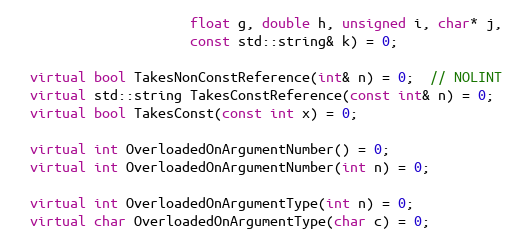
Language: C++
                      float g, double h, unsigned i, char* j,
                      const std::string& k) = 0;

  virtual bool TakesNonConstReference(int& n) = 0;  // NOLINT
  virtual std::string TakesConstReference(const int& n) = 0;
  virtual bool TakesConst(const int x) = 0;

  virtual int OverloadedOnArgumentNumber() = 0;
  virtual int OverloadedOnArgumentNumber(int n) = 0;

  virtual int OverloadedOnArgumentType(int n) = 0;
  virtual char OverloadedOnArgumentType(char c) = 0;